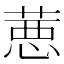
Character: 𦷢